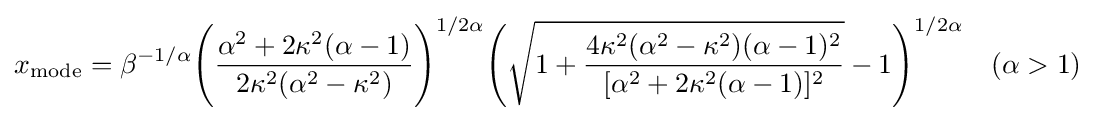
x_{\textrm {mode}}=\beta ^{-1/\alpha }{\Bigg (}{\frac {\alpha ^{2}+2\kappa ^{2}(\alpha -1)}{2\kappa ^{2}(\alpha ^{2}-\kappa ^{2})}}{\Bigg )}^{1/2\alpha }{\Bigg (}{\sqrt {1+{\frac {4\kappa ^{2}(\alpha ^{2}-\kappa ^{2})(\alpha -1)^{2}}{[\alpha ^{2}+2\kappa ^{2}(\alpha -1)]^{2}}}}}-1{\Bigg )}^{1/2\alpha }\quad (\alpha >1)